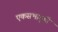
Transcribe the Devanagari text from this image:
एकसभागृही